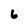
Character: 6